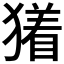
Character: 𬍃